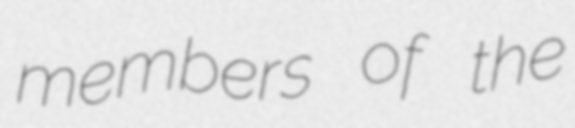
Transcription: members of the